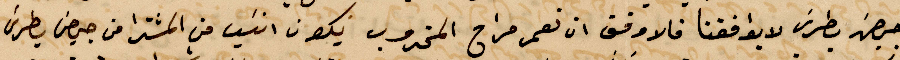
جهة بطرس لا يوافقنا فالاوفق ان تعمر مراح المخروب يكون انسب من المشترا من جهة بطرس